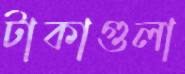
টাকাগুলা